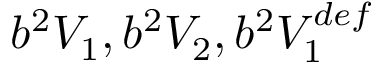
b ^ { 2 } V _ { 1 } , b ^ { 2 } V _ { 2 } , b ^ { 2 } V _ { 1 } ^ { d e f }